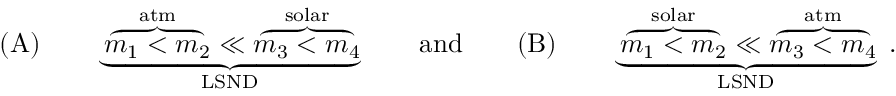
( \mathrm { A } ) \qquad \underbrace { \overbrace { m _ { 1 } < m _ { 2 } } ^ { \mathrm { a t m } } \ll \overbrace { m _ { 3 } < m _ { 4 } } ^ { \mathrm { s o l a r } } } _ { \mathrm { L S N D } } \qquad \mathrm { a n d } \qquad ( \mathrm { B } ) \qquad \underbrace { \overbrace { m _ { 1 } < m _ { 2 } } ^ { \mathrm { s o l a r } } \ll \overbrace { m _ { 3 } < m _ { 4 } } ^ { \mathrm { a t m } } } _ { \mathrm { L S N D } } \; .